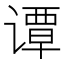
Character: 谭